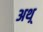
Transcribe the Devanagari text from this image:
अथ़्